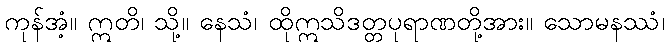
ကုန်အံ့။ ဣတိ၊ သို့။ နေသံ၊ ထိုဣသိဒတ္တပုရာဏတို့အား။ သောမနဿံ၊